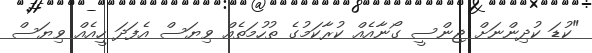
"ކުޑަ ކުދިންނަށް ޖިންސީ ގޯނާއެއް ކުރާކަމުގެ ތުހުމަތެއް ވިޔަސް އެފަދަ ހީއެއް ވިޔަސް